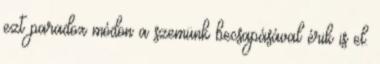
ezt paradox módon a szemünk becsapásával érik is el.